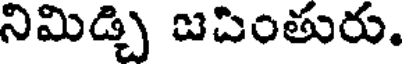
నిమిడ్చి జపింతురు.